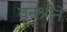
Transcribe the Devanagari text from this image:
वनश्रींने